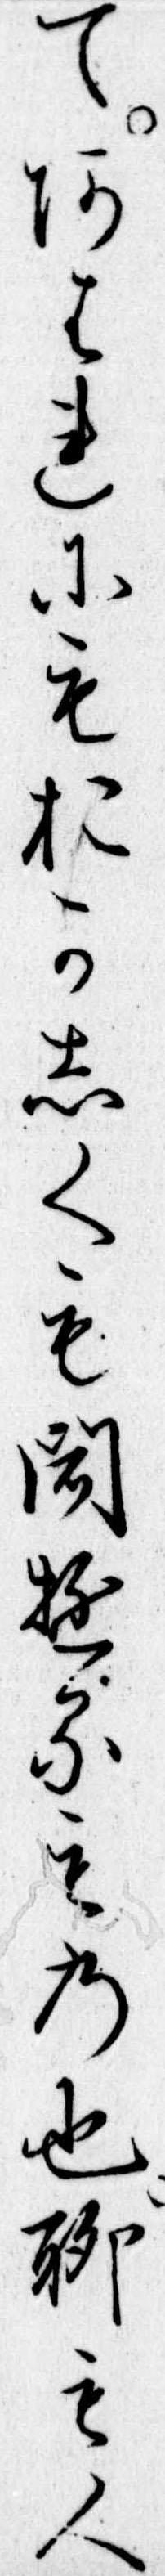
てあはれにもおかしくも聞ゆるもの也聊も人